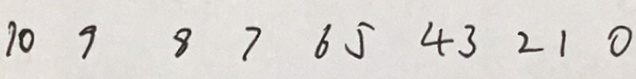
1 0 9 8 7 6 5 4 3 2 1 0